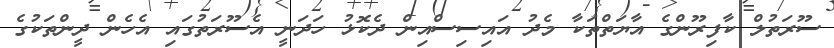
ސޫރަތުލް ކާފިރޫންގެ އާޔަތްތަކާ މެދު އައިސިސްއިން ދެކޮޅު ހަދަނީ އެސޫރަތުގައި އެހެން ދީންތަކުގެ